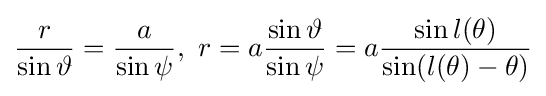
{r \over \sin \vartheta }={a \over \sin \psi },\ r=a{\frac {\sin \vartheta }{\sin \psi }}=a{\frac {\sin l(\theta )}{\sin(l(\theta )-\theta )}}